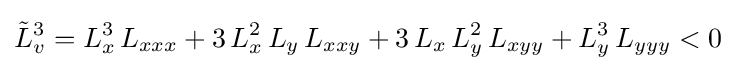
{\tilde {L}}_{v}^{3}=L_{x}^{3}\,L_{xxx}+3\,L_{x}^{2}\,L_{y}\,L_{xxy}+3\,L_{x}\,L_{y}^{2}\,L_{xyy}+L_{y}^{3}\,L_{yyy}<0